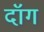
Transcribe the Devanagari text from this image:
दॉग